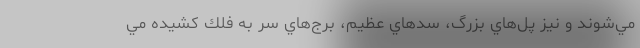
مي‌شوند و نيز پل‌هاي بزرگ، سدهاي عظيم، برج‌هاي سر به فلك كشيده مي